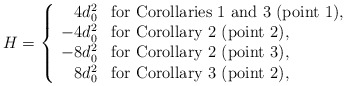
\begin{align*}H = \left\{\begin{array}{rl}4d^{2}_{0} & {\mbox{\rm for Corollaries 1 and 3 (point 1),}} \\-4d^{2}_{0} & {\mbox{\rm for Corollary 2 (point 2),}} \\-8d^{2}_{0} & {\mbox{\rm for Corollary 2 (point 3),}} \\8d^{2}_{0} & {\mbox{\rm for Corollary 3 (point 2),}}\end{array} \right.\end{align*}